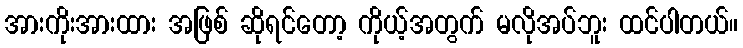
အားကိုးအားထား အဖြစ် ဆိုရင်တော့ ကိုယ့်အတွက် မလိုအပ်ဘူး ထင်ပါတယ်။